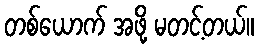
တစ်ယောက် အဖို့ မတင့်တယ်။